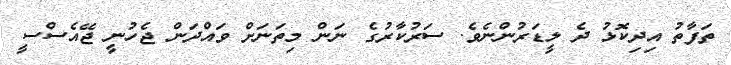
ތަފާތު އިދިކޮޅު ދެ ލީޑަރުންނެވެ. ސަރުކާރުގެ ނަން މިތަނަށް ވައްދަން ޖެހުނީ ޖޭއެސްސީ